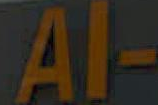
Al-